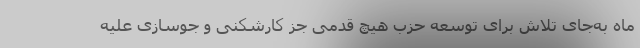
ماه به‌جای تلاش برای توسعه حزب هیچ قدمی جز کارشکنی و جوسازی علیه